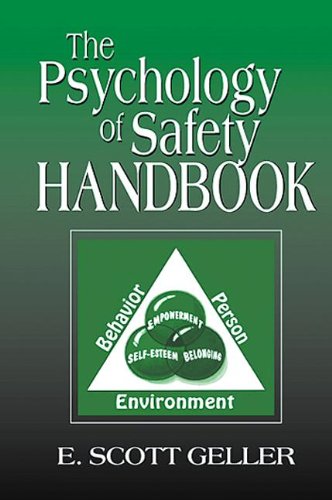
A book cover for The Psychology of Safety Handbook; E. Scott Geller; Medical Books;